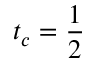
t _ { c } = \frac { 1 } { 2 }